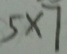
5 \times 7